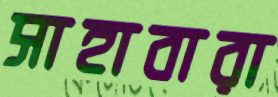
সাহাবারা